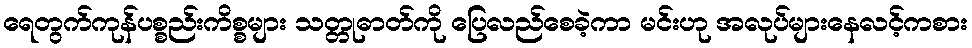
ရေတွက်ကုန်ပစ္စည်းကိစ္စများ သတ္တုဓာတ်ကို ပြေလည်စေခဲ့ကာ မင်းဟု အလုပ်များနေလင့်ကစား